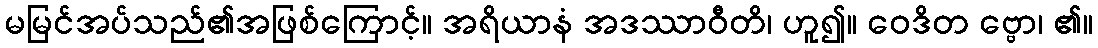
မမြင်အပ်သည်၏အဖြစ်ကြောင့်။ အရိယာနံ အဒဿာဝီတိ၊ ဟူ၍။ ဝေဒိတ ဗ္ဗော၊ ၏။